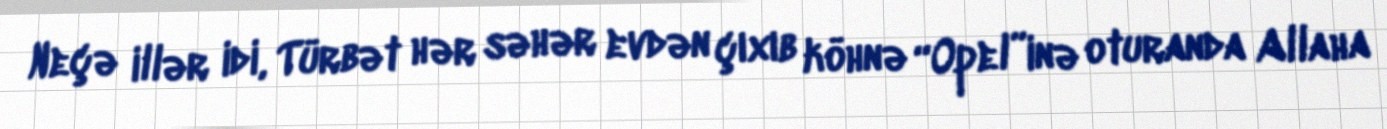
Neçə illər idi, Türbət hər səhər evdən çıxıb köhnə “Opel”inə oturanda Allaha